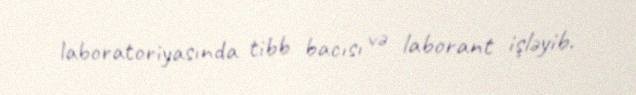
laboratoriyasında tibb bacısı və laborant işləyib.